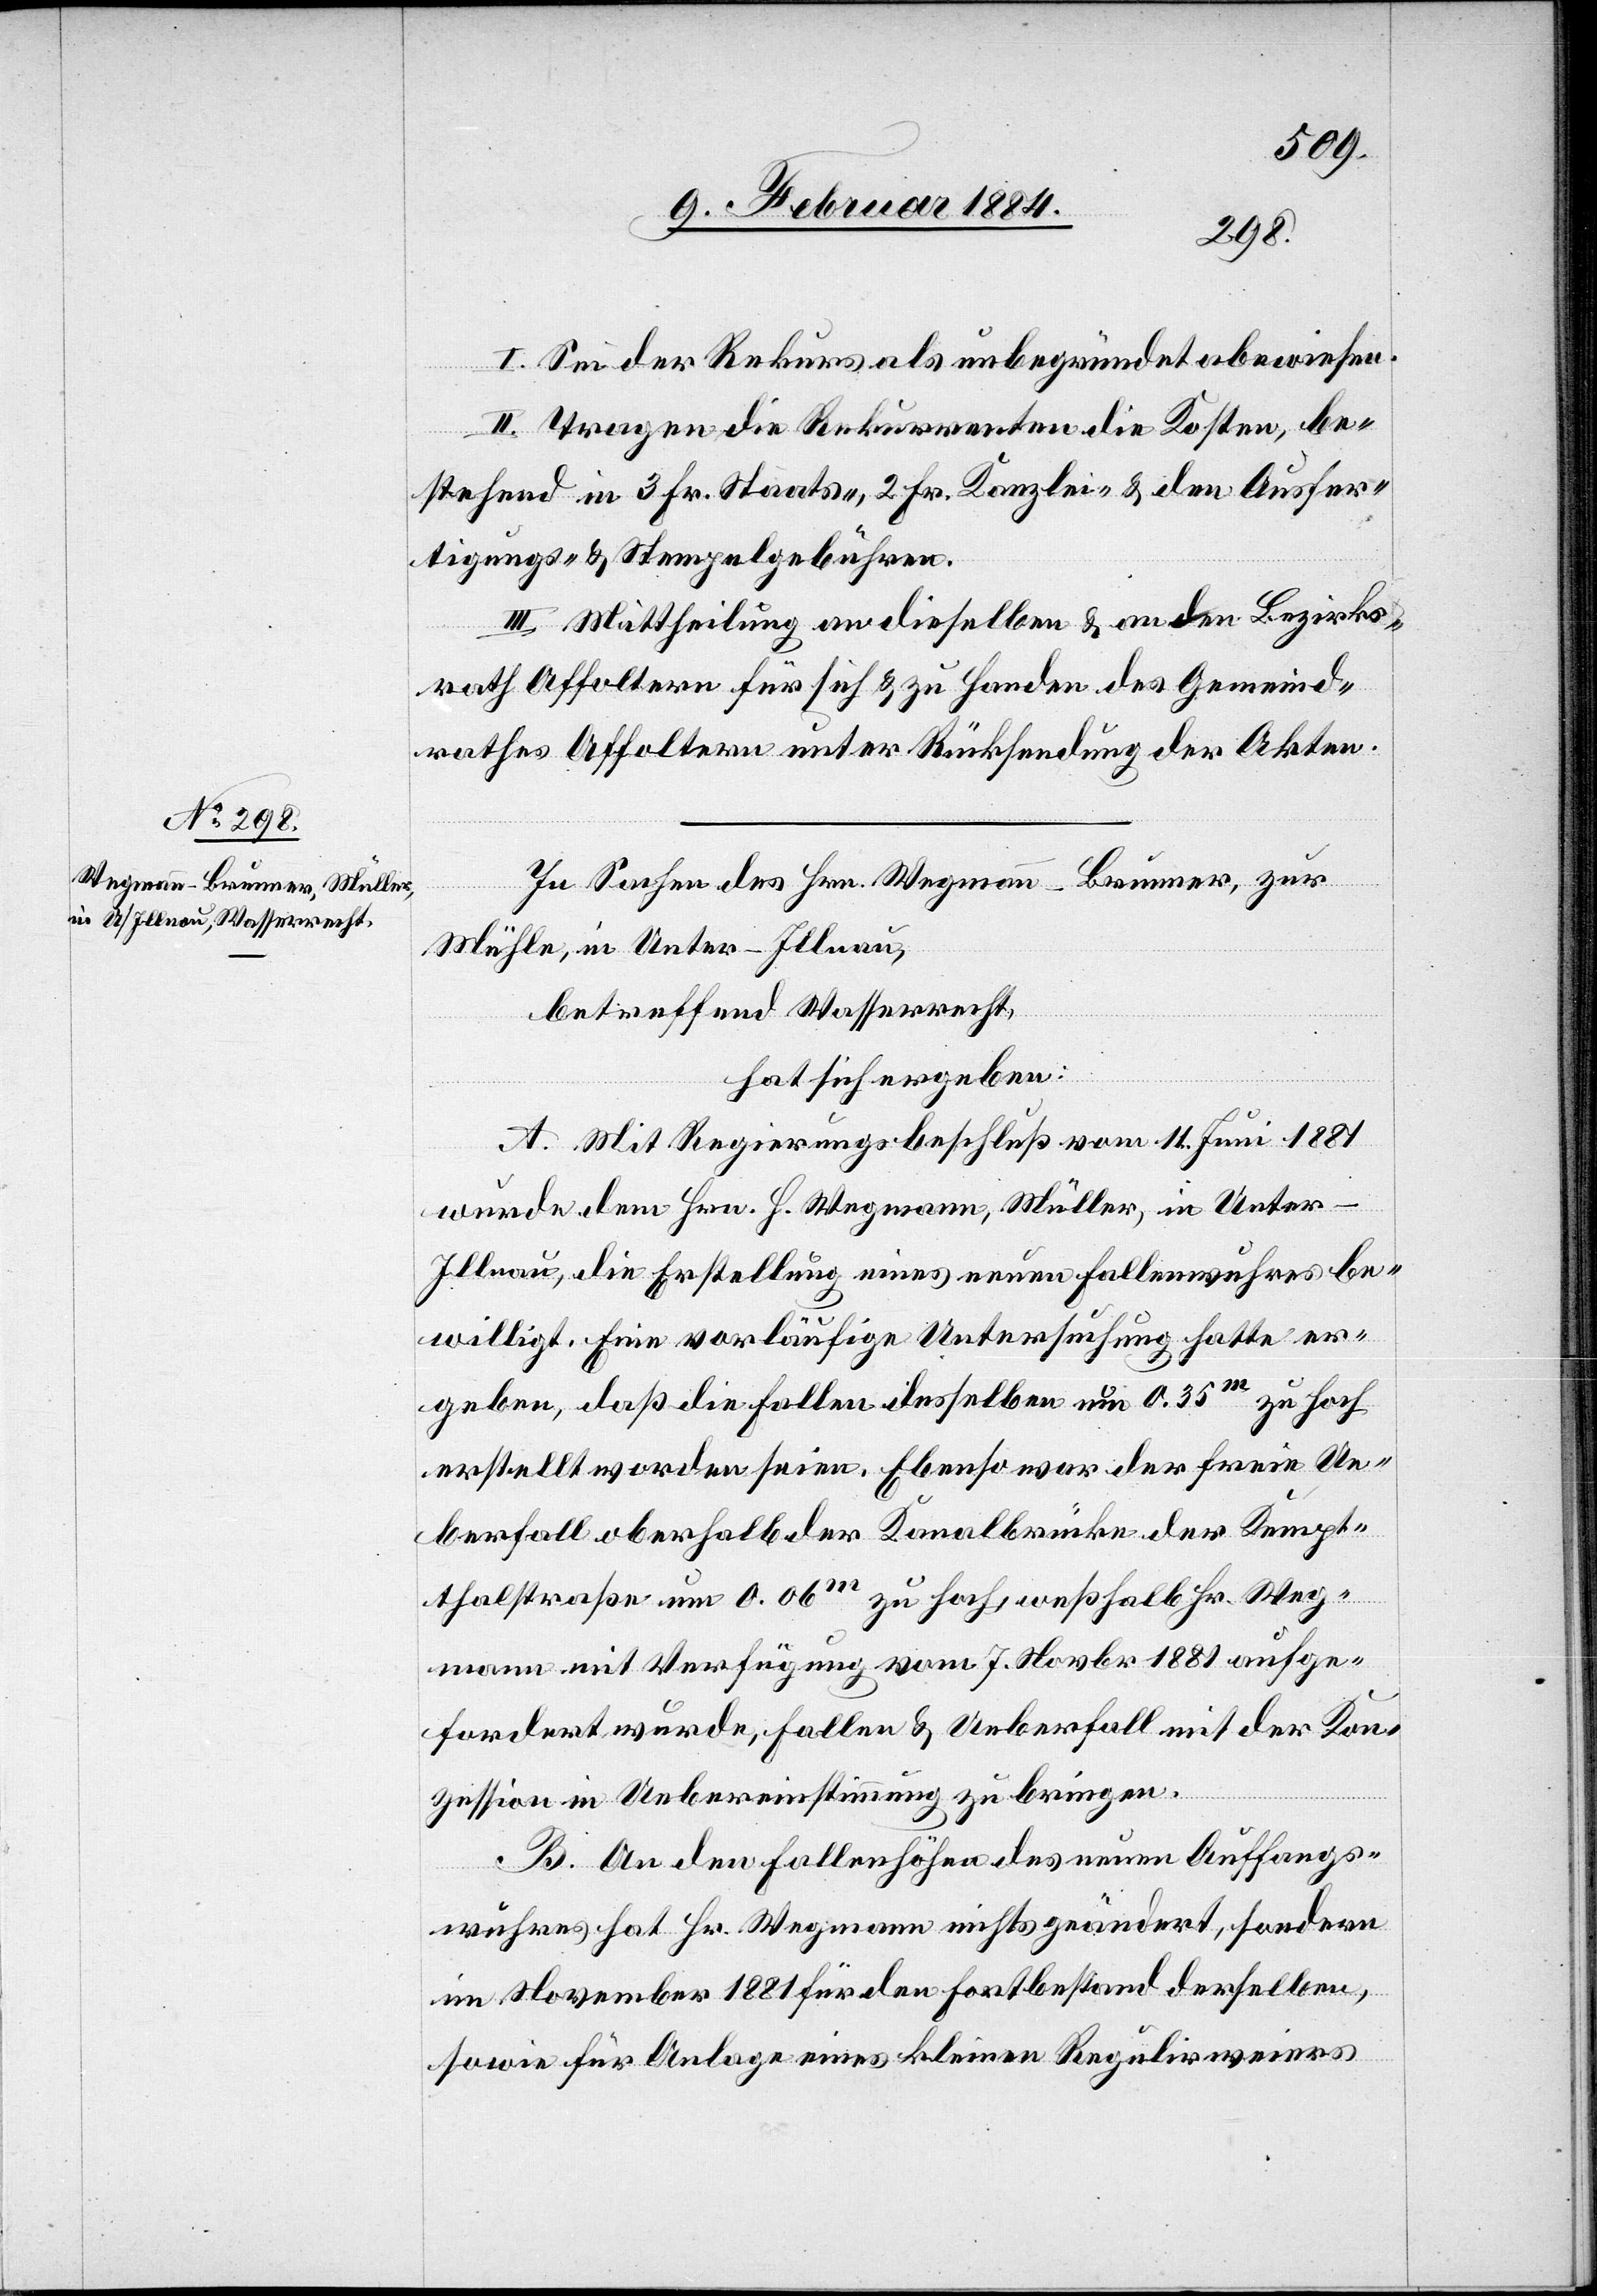
I. Sei der Rekurs als unbegründet abgewiesen.
II. Tragen die Rekurrenten die Kosten, be¬
stehend in 3 Fr. Staats-, 2 Fr. Kanzlei- & den Ausfer¬
tigungs- & Stempelgebühren.
III. Mittheilung an dieselben & an den Bezirks¬
rath Affoltern für sich & zu Handen des Gemeind¬
rathes Affoltern unter Rücksendung der Akten.
In Sachen des Hrn. Wegmann-Brunner, zur
Mühle, in Unter-Illnau,
betreffend Wasserrecht,
hat sich ergeben:
A. Mit Regierungsbeschluß vom 11. Juni 1881
wurde dem Hrn. H. Wegmann, Müller, in Unter-I¬
llnau, die Erstellung eines neuen Fallenwuhres be¬
willigt. Eine vorläufige Untersuchung hatte er¬
geben, daß die Fallen desselben um 0.35m zu hoch
erstellt worden seien. Ebenso war der freie Ue¬
berfall oberhalb der Kanalbrücke der Kempt¬
thalstraße um 0.06m zu hoch, weßhalb Hr. Weg¬
mann mit Verfügung vom 7. Novbr. 1881 aufge¬
fordert wurde, Fallen & Ueberfall mit der Kon¬
zession in Uebereinstimmung zu bringen.
B. An den Fallenhöhen des neuen Auffangs¬
wuhres hat Hr. Wegmann nichts geändert, sondern
im November 1881 für den Fortbestand derselben,
sowie für Anlage eines kleinen Regulirweiers